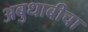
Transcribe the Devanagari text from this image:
अबुधाबीचा